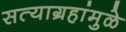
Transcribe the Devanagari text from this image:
सत्याग्रहांमुळे